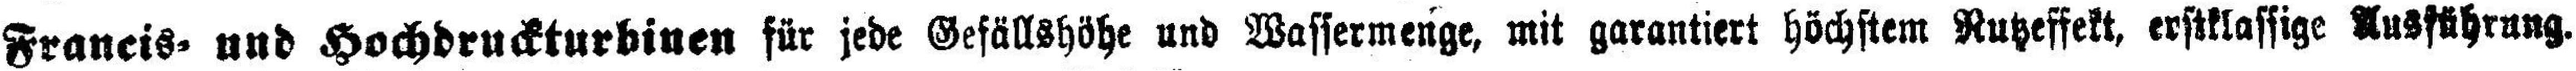
Francis- und Hochdruckturbinen für jede Gefällshöhe und Wassermenge, mit garantiert höchstem Rutzeffekt, erstklassige Ausführung.